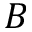
B